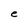
Character: e